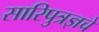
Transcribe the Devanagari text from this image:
सारिपुत्रज्ञचे